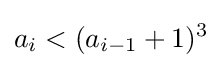
a_{i}<(a_{i-1}+1)^{3}